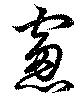
窓